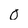
Character: 0